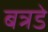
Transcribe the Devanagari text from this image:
बत्रडे